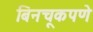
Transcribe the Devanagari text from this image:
बिनचूकपणे